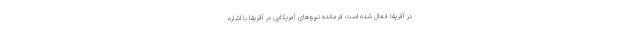
در آفریقا فعال شده است فرمانده نیروهای آمریکایی در آفریقا با اشاره